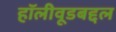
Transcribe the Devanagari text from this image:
हॉलीवूडबद्दल